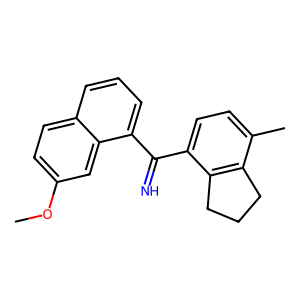
SMILES: COc1ccc2cccc(C(=N)c3ccc(C)c4c3CCC4)c2c1
Inhibits HIV replication: No